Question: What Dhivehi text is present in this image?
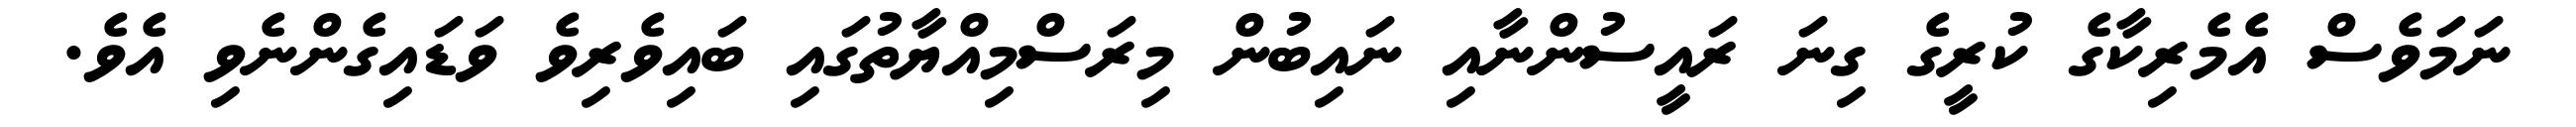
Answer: ނަމަވެސް އެމެރިކާގެ ކުރީގެ ގިނަ ރައީސުންނާއި ނައިބުން މިރަސްމިއްޔާތުގައި ބައިވެރިވެ ވަޑައިގެންނެވި އެވެ.